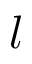
l